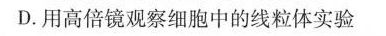
D.用高倍镜观察细胞中的线粒体实验